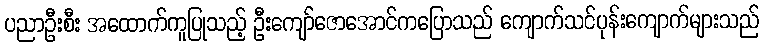
ပညာဦးစီး အထောက်ကူပြုသည့် ဦးကျော်ဇောအောင်ကပြောသည် ကျောက်သင်ပုန်းကျောက်များသည်